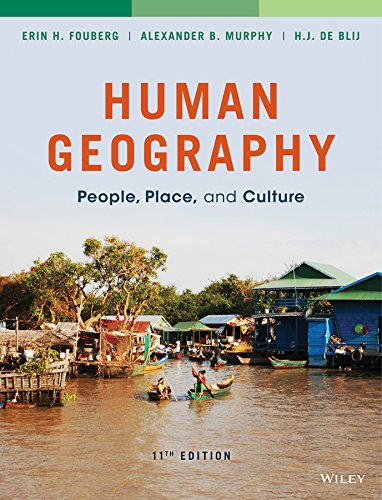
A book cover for Human Geography: People, Place, and Culture; Erin H. Fouberg; Politics & Social Sciences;